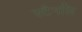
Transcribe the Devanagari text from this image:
स्टैनलि